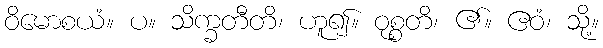
ဝိမောစယံ။ ပ။ သိက္ခတီတိ၊ ဟူ၍။ ဝုစ္စတိ၊ ၏။ ဧဝံ၊ သို့။